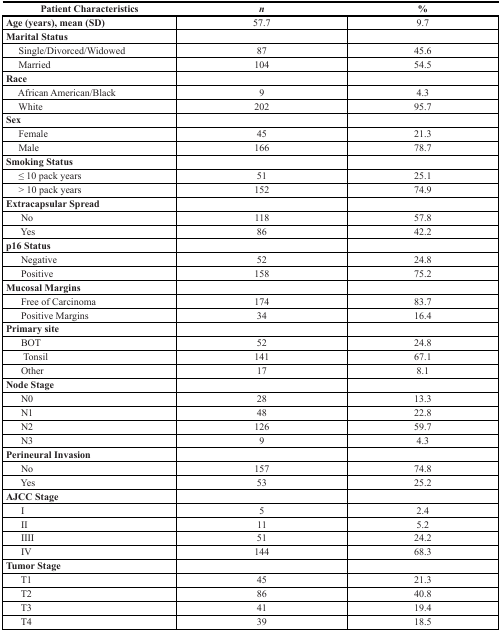
<table><thead><tr><td><b>Patient Characteristics</b></td><td><b><i>n</i></b></td><td><b>%</b></td></tr></thead><tbody><tr><td><b>Age (years), mean (SD)</b></td><td>57.7</td><td>9.7</td></tr><tr><td><b>Marital Status</b></td><td></td><td></td></tr><tr><td> Single/Divorced/Widowed</td><td>87</td><td>45.6</td></tr><tr><td> Married</td><td>104</td><td>54.5</td></tr><tr><td><b>Race</b></td><td></td><td></td></tr><tr><td> African American/Black</td><td>9</td><td>4.3</td></tr><tr><td> White</td><td>202</td><td>95.7</td></tr><tr><td><b>Sex</b></td><td></td><td></td></tr><tr><td> Female</td><td>45</td><td>21.3</td></tr><tr><td> Male</td><td>166</td><td>78.7</td></tr><tr><td><b>Smoking Status</b></td><td></td><td></td></tr><tr><td> ≤ 10 pack years</td><td>51</td><td>25.1</td></tr><tr><td> &gt; 10 pack years</td><td>152</td><td>74.9</td></tr><tr><td><b>Extracapsular Spread</b></td><td></td><td></td></tr><tr><td> No</td><td>118</td><td>57.8</td></tr><tr><td> Yes</td><td>86</td><td>42.2</td></tr><tr><td><b>p16 Status</b></td><td></td><td></td></tr><tr><td> Negative</td><td>52</td><td>24.8</td></tr><tr><td> Positive</td><td>158</td><td>75.2</td></tr><tr><td><b>Mucosal Margins</b></td><td></td><td></td></tr><tr><td> Free of Carcinoma</td><td>174</td><td>83.7</td></tr><tr><td> Positive Margins</td><td>34</td><td>16.4</td></tr><tr><td><b>Primary site</b></td><td></td><td></td></tr><tr><td> BOT</td><td>52</td><td>24.8</td></tr><tr><td> Tonsil</td><td>141</td><td>67.1</td></tr><tr><td> Other</td><td>17</td><td>8.1</td></tr><tr><td><b>Node Stage</b></td><td></td><td></td></tr><tr><td> N0</td><td>28</td><td>13.3</td></tr><tr><td> N1</td><td>48</td><td>22.8</td></tr><tr><td> N2</td><td>126</td><td>59.7</td></tr><tr><td> N3</td><td>9</td><td>4.3</td></tr><tr><td><b>Perineural Invasion</b></td><td></td><td></td></tr><tr><td> No</td><td>157</td><td>74.8</td></tr><tr><td> Yes</td><td>53</td><td>25.2</td></tr><tr><td><b>AJCC Stage</b></td><td></td><td></td></tr><tr><td> I</td><td>5</td><td>2.4</td></tr><tr><td> II</td><td>11</td><td>5.2</td></tr><tr><td> IIII</td><td>51</td><td>24.2</td></tr><tr><td> IV</td><td>144</td><td>68.3</td></tr><tr><td><b>Tumor Stage</b></td><td></td><td></td></tr><tr><td> T1</td><td>45</td><td>21.3</td></tr><tr><td> T2</td><td>86</td><td>40.8</td></tr><tr><td> T3</td><td>41</td><td>19.4</td></tr><tr><td> T4</td><td>39</td><td>18.5</td></tr></tbody></table>